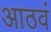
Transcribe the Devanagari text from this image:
आठवं